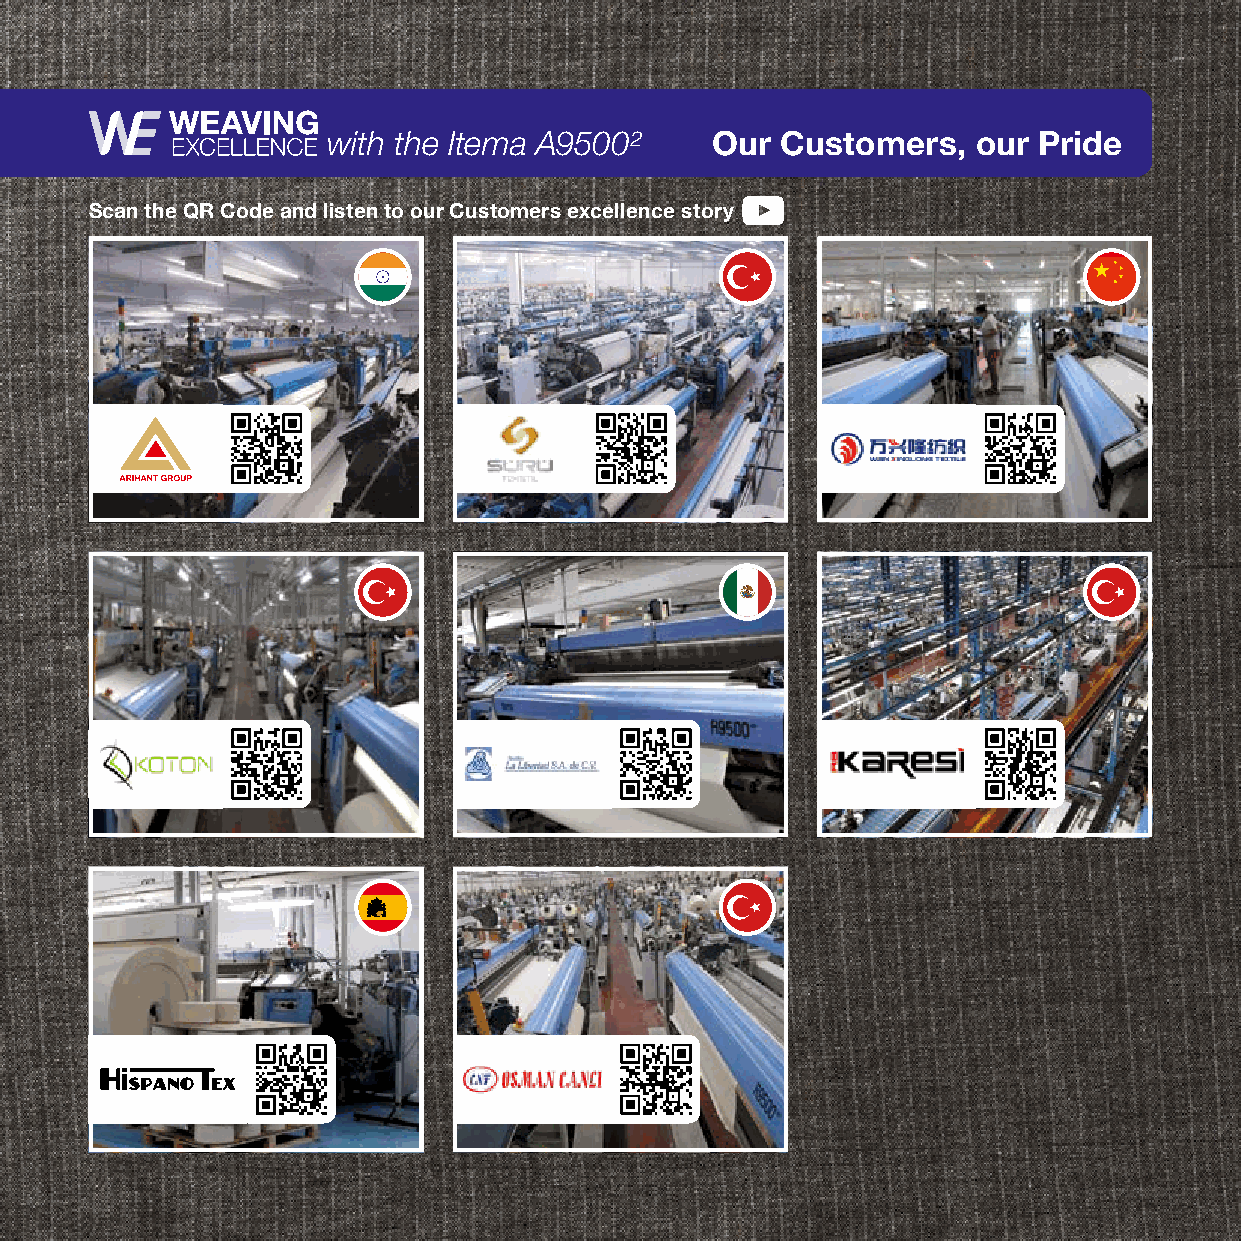
with the Itema A9500²    Our  Customers,   our Pride
 Scan the QR Code and listen to our Customers excellence story